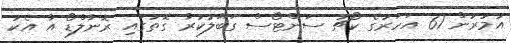
އުމުރުން 61 އަހަރުގެ ކޯޗު ސަންޓޯސް ގަބޫލުކުރާ ގޮތުގައި ރޮނާލްޑޯ އާ އެކު